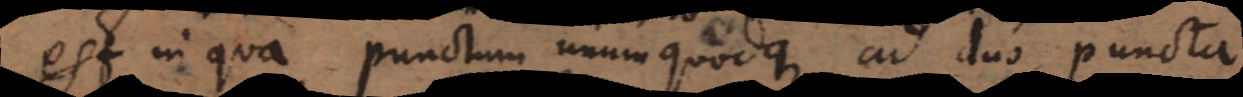
est in qua punctum unumquodque ad duo puncta